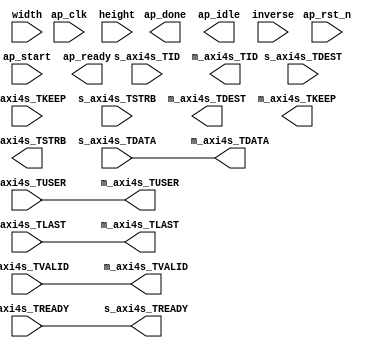
// This program was cloned from: https://github.com/ryuz/jelly
// License: MIT License

`timescale 1ns/1ps

module video_filter_0
        (
            input   wire            ap_clk,
            input   wire            ap_rst_n,
            input   wire            ap_start,
            output  wire            ap_done,
            output  wire            ap_idle,
            output  wire            ap_ready,

            input   wire            s_axi4s_TVALID,
            output  wire            s_axi4s_TREADY,
            input   wire [23 : 0]   s_axi4s_TDATA,
            input   wire [0 : 0]    s_axi4s_TDEST,
            input   wire [2 : 0]    s_axi4s_TKEEP,
            input   wire [2 : 0]    s_axi4s_TSTRB,
            input   wire [0 : 0]    s_axi4s_TUSER,
            input   wire [0 : 0]    s_axi4s_TLAST,
            input   wire [0 : 0]    s_axi4s_TID,

            output  wire            m_axi4s_TVALID,
            input   wire            m_axi4s_TREADY,
            output  wire [23 : 0]   m_axi4s_TDATA,
            output  wire [0 : 0]    m_axi4s_TDEST,
            output  wire [2 : 0]    m_axi4s_TKEEP,
            output  wire [2 : 0]    m_axi4s_TSTRB,
            output  wire [0 : 0]    m_axi4s_TUSER,
            output  wire [0 : 0]    m_axi4s_TLAST,
            output  wire [0 : 0]    m_axi4s_TID,

            input   wire [15 : 0]   width,
            input   wire [15 : 0]   height,
            input   wire            inverse
        );


    assign m_axi4s_TVALID = s_axi4s_TVALID;
    assign m_axi4s_TDATA  = s_axi4s_TDATA;
    assign m_axi4s_TUSER  = s_axi4s_TUSER;
    assign m_axi4s_TLAST  = s_axi4s_TLAST;
    assign s_axi4s_TREADY = m_axi4s_TREADY;
    
endmodule